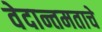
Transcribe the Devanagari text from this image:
वेदान्तमताचे